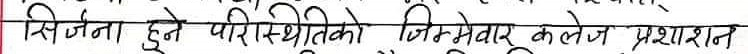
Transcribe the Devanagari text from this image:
सिर्जना हुने परिस्थितिको जिम्मेवार कलेज प्रशासन